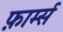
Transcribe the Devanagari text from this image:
फ़ार्म्स